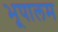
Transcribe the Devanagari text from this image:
भूपालम